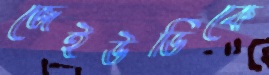
জেইউডিকে